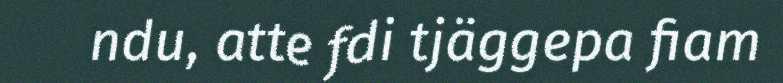
ndu, atte fdi tjäggepa fiam